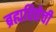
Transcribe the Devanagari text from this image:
ब्रह्मविद्येची